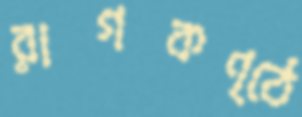
রাগকণ্ঠে